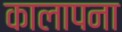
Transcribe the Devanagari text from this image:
कालापना